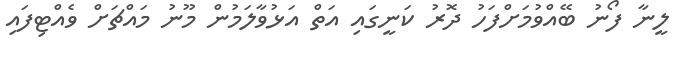
ލީނާ ފޯނު ބޭއްވުމަށްފަހު ދޮރު ކަނީގައި އަތް އަޅުވާލަމުން މޫނު މައްޗަށް ވެއްޓިފައި